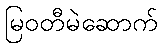
မြဝတီမဲဆောက်